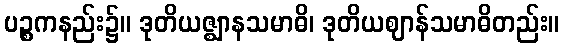
ပဉ္စကနည်း၌။ ဒုတိယဇ္ဈာနသမာဓိ၊ ဒုတိယဈာန်သမာဓိတည်း။